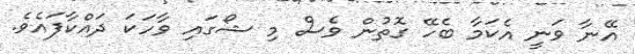
އޭނާ ވަނީ އެކަމާ ބެހޭ ގޮތުން ވެސް މި ޝޯގައި ވާހަކަ ދައްކާފައެވެ.